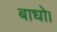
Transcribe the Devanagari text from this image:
बाधो।